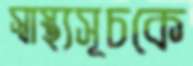
স্বাস্থ্যসূচকে